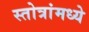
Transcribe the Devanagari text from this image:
स्तोत्रांमध्ये